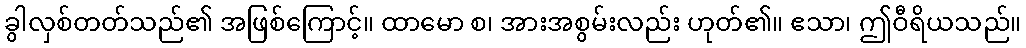
ခွါလှစ်တတ်သည်၏ အဖြစ်ကြောင့်။ ထာမော စ၊ အားအစွမ်းလည်း ဟုတ်၏။ ဧသာ၊ ဤဝီရိယသည်။